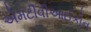
એમટીવીઆઈકોન